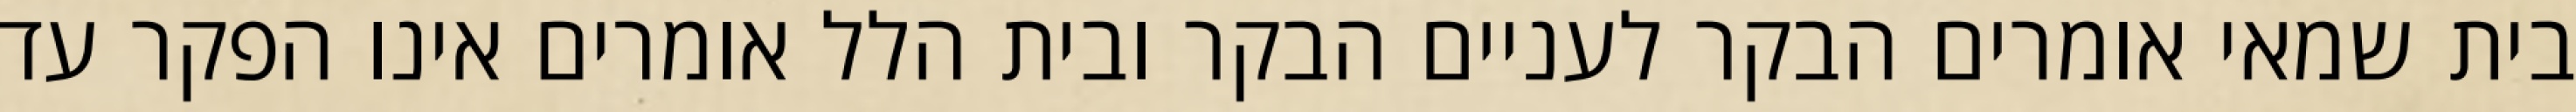
בית שמאי אומרים הבקר לעניים הבקר ובית הלל אומרים אינו הפקר עד